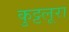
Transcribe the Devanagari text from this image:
कुट्टलूरा